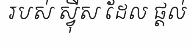
របស់ ស្វ៊ីស ដែល ផ្តល់